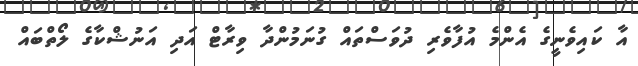
އާ ކައިވެނީގެ އެންމެ އުފާވެރި ދުވަސްތައް ގުނަމުންދާ ވިރާޓް އަދި އަނުޝްކާގެ ލޯތްބައް